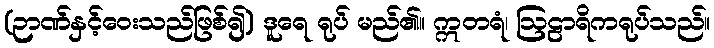
(ဉာဏ်နှင့်ဝေးသည်ဖြစ်၍) ဒူရေ ရုပ် မည်၏။ ဣတရံ၊ ဩဠာရိကရုပ်သည်။